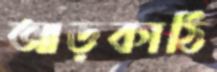
আড়কাঠি